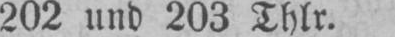
202 und 203 Thlr.